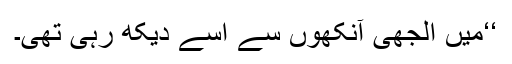
‘‘میں الجھی آنکھوں سے اسے دیکھ رہی تھی۔